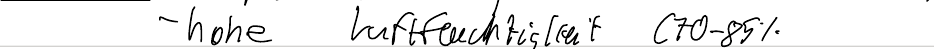
- hohe Luftfeuchtigkeit (70-85%